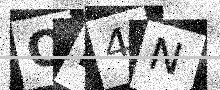
Text: ON4N